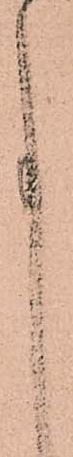
事